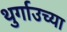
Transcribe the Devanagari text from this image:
थुर्गाउच्या